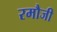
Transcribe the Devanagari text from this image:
रमौजी